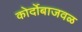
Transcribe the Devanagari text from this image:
कोर्दोबाजवळ